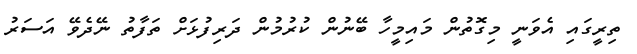
ތިރީގައި އެވަނީ މިގޮތުން މައިމީހާ ބޭނުން ކުރުމުން ދަރިފުޅަށް ތަފާތު ނޭދެވޭ އަސަރު